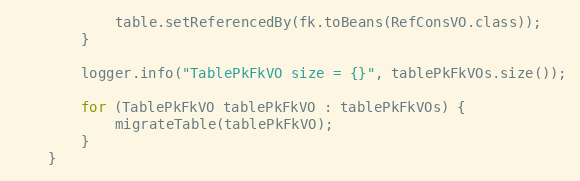
Language: Java
			table.setReferencedBy(fk.toBeans(RefConsVO.class));
		}

		logger.info("TablePkFkVO size = {}", tablePkFkVOs.size());

		for (TablePkFkVO tablePkFkVO : tablePkFkVOs) {
			migrateTable(tablePkFkVO);
		}
	}